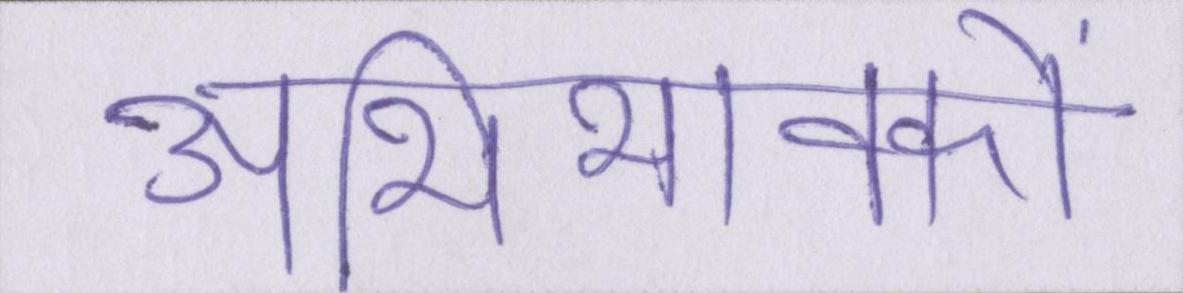
अभिभावकों